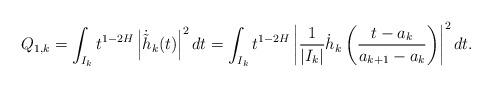
LaTeX: \begin{align*}Q_{1,k}&=\int_{I_k}t^{1-2H}\left|\dot{\tilde{h}}_{k}(t)\right|^{2}dt=\int_{I_{k}}t^{1-2H}\left|\frac{1}{|I_{k}|}\dot{h}_{k}\left(\frac{t-a_{k}}{a_{k+1}-a_{k}}\right)\right|^{2}dt.\end{align*}